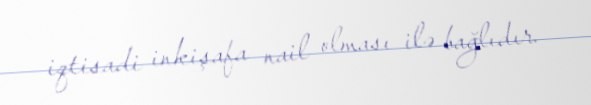
iqtisadi inkişafa nail olması ilə bağlıdır.